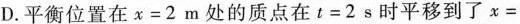
D.平衡位置在x=2m处的质点在t=2s时平移到了x=